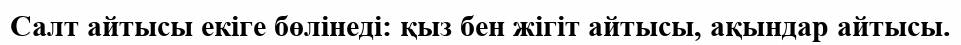
Салт айтысы екіге бөлінеді: қыз бен жігіт айтысы, ақындар айтысы.